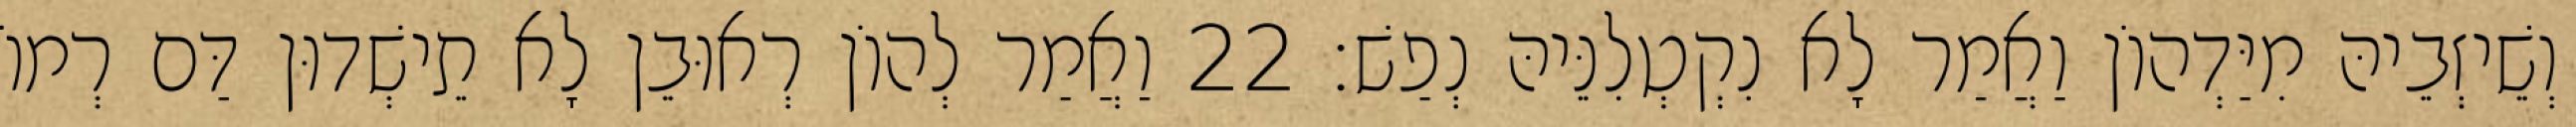
וְשֵׁיזְבֵיהּ מִיַּדְהוֹן וַאֲמַר לָא נִקְטְלִנֵּיהּ נְפַשׁ׃ 22 וַאֲמַר לְהוֹן רְאוּבֵן לָא תֵישְׁדוּן דַּם רְמוֹ